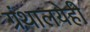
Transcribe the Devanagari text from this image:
ग्रंथालयेही